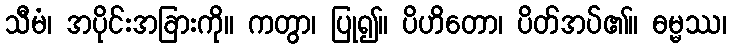
သီမံ၊ အပိုင်းအခြားကို။ ကတွာ၊ ပြု၍။ ပိဟိတော၊ ပိတ်အပ်၏။ ဓမ္မဿ၊